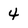
Character: 4